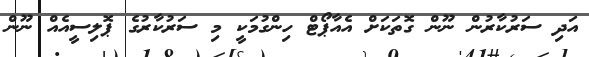
އަދި ސަރުކާރުން ނޫން ގޮތަކަށް އެއާޕޯޓް ހިންގުމަކީ މި ސަރުކާރުގެ ޕޮލިސީއެއް ނޫން